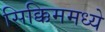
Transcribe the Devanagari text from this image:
सिक्किममध्ये